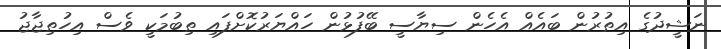
ނަޝީދުގެ އިތުރުން ބައެއް އެހެން ސިޔާސީ ބޭފުޅުން ހައްޔަރުކޮށްފައި ތިބުމަކީ ވެސް އިހުތިޖާޖު